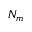
N _ { m }